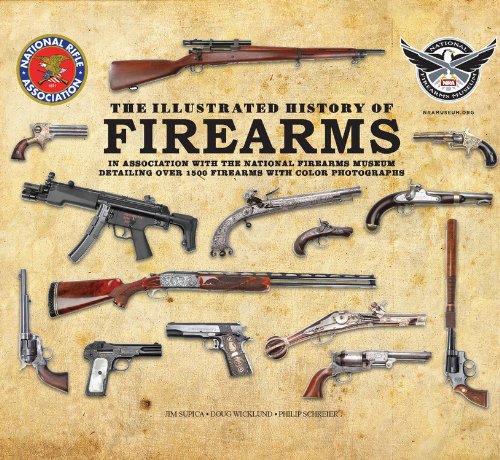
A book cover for The Illustrated History of Firearms: In Association with the National Firearms Museum; Jim Supica; Crafts, Hobbies & Home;